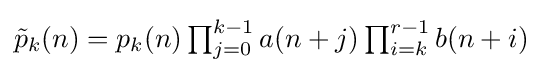
{\textstyle {\tilde {p}}_{k}(n)=p_{k}(n)\prod _{j=0}^{k-1}a(n+j)\prod _{i=k}^{r-1}b(n+i)}